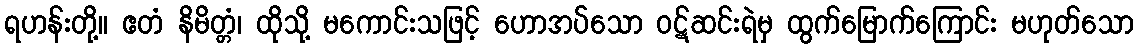
ရဟန်းတို့။ ဧတံ နိမိတ္တံ၊ ထိုသို့ မကောင်းသဖြင့် ဟောအပ်သော ဝဋ်ဆင်းရဲမှ ထွက်မြောက်ကြောင်း မဟုတ်သော